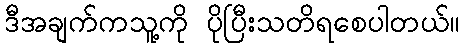
ဒီအချက်ကသူ့ကို ပိုပြီးသတိရစေပါတယ်။